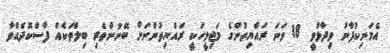
އެމަނިކުފާނު ވިދާޅުވީ 18 ވަނަ ރައްޔިތުންގެ މަޖިލީހަކީ ރައްޔިތުންނަށް ބޭނުންތެރި ބިލްތަކެއް ފާސްކޮދެއްވާ